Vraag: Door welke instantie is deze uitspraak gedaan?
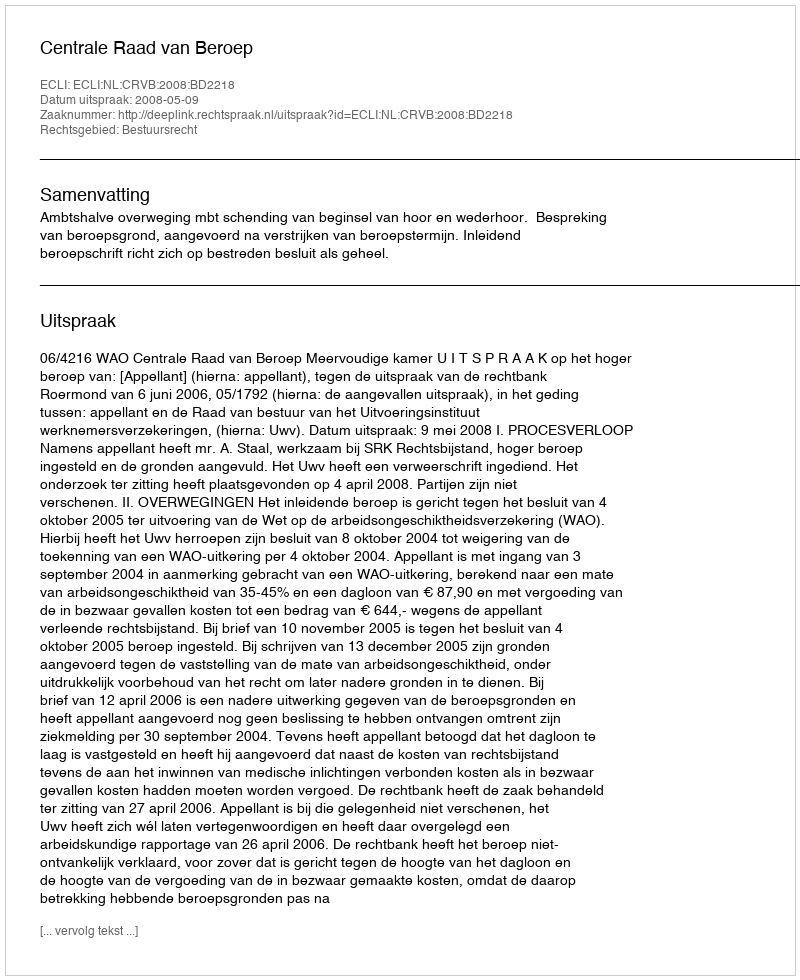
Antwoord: Centrale Raad van Beroep